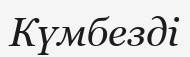
Күмбезді